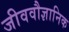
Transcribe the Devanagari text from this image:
जीववौज्ञानिक